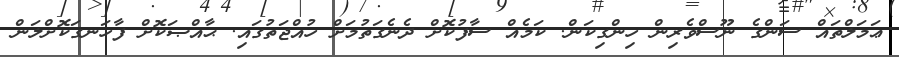
ޢަމަލްތައް ސަންގެ ނޫސްވެރިން ހިންގިކަން. ކަމެއް ސާފުކޮށް ދެނެގަތުމަށް ހުއްޖަތުގައި. ޙާއްޞަކޮށް ފާހަނގަކޮށްލަން